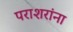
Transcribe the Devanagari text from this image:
पराशरांना